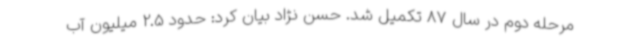
مرحله دوم در سال 87 تکمیل شد. حسن نژاد بیان کرد: حدود 2.5 میلیون آب